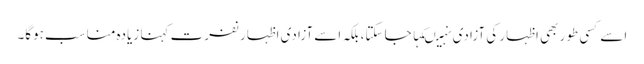
اسے کسی طور بھی اظہار کی آزادی نہیںکہا جا سکتا،بلکہ اسے آزادی اظہار نفرت کہنا زیادہ مناسب ہوگا۔